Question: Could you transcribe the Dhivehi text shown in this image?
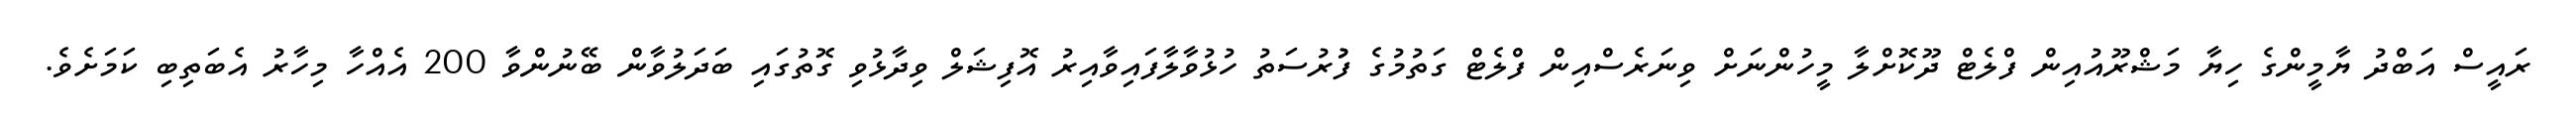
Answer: ރައީސް އަބްދު ޔާމީންގެ ހިޔާ މަޝްރޫއުއިން ފްލެޓް ދޫކޮށްލާ މީހުންނަށް ވިނަރެސްއިން ފްލެޓް ގަތުމުގެ ފުުރުސަތު ހުޅުވާލާފައިވާއިރު އޮފިޝަލް ވިދާޅުވި ގޮތުގައި ބަދަލުވާން ބޭނުންވާ 200 އެއްހާ މިހާރު އެބަތިބި ކަމަށެވެ.